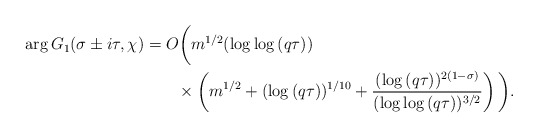
\begin{align*}\arg{G_1(\sigma\pm i\tau,\chi)} &= O\bigg( m^{1/2}(\log{\log{(q\tau)}}) \\&\quad\quad\times \left( m^{1/2} + (\log{(q\tau)})^{1/10} + \frac{(\log{(q\tau)})^{2(1-\sigma)}}{(\log{\log{(q\tau)}})^{3/2}}\right) \bigg).\end{align*}